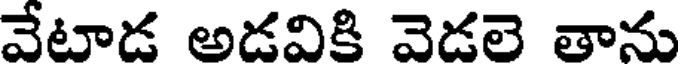
వేటాడ అడవికి వెడలె తాను